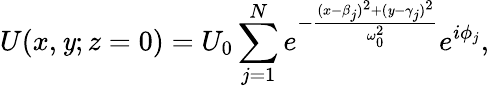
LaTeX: U(x,\mathit{y};z=0)=U_{0}\sum_{j=1}^{N}e^{-\frac{{(x-\beta_{j})^{2}+(\mathit{y}-\gamma_{j})^{2}}}{{\omega_{0}^{2}}}}e^{i\phi_{j}},